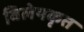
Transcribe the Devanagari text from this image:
विलेयकृत